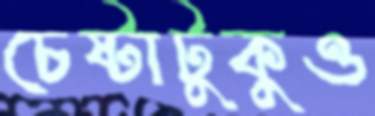
চেষ্টাটুকুও